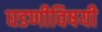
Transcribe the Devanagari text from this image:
घडणीविषयी